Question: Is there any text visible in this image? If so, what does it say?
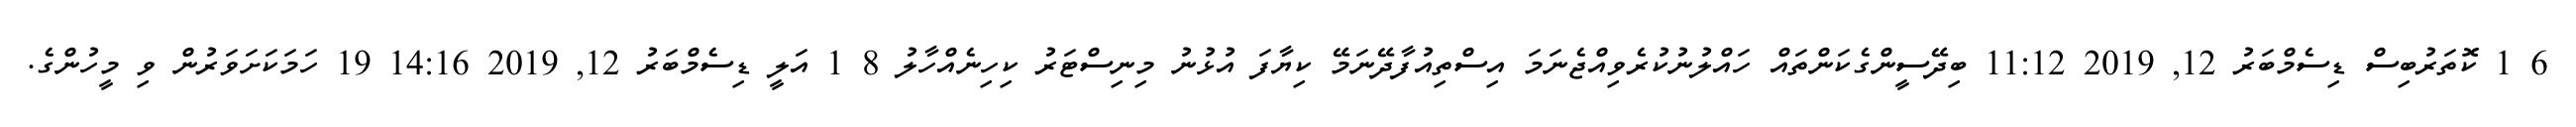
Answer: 6 1 ކޮތަރުބިސް ޑިސެމްބަރު 12, 2019 11:12 ބިދޭސީންގެކަންތައް ހައްލުނުކުރެވިއްޖެނަމަ އިސްތިއުފާދޭނަމޭ ކިޔާފަ އުޅުނު މިނިސްޓަރު ކިހިނެއްހާލު 8 1 އަލީ ޑިސެމްބަރު 12, 2019 14:16 19 ހަމަކަށަވަރުން ވި މީހުންގެ.